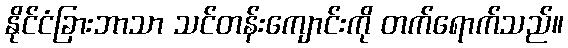
နိုင်ငံခြားဘာသာ သင်တန်းကျောင်းကို တက်ရောက်သည်။